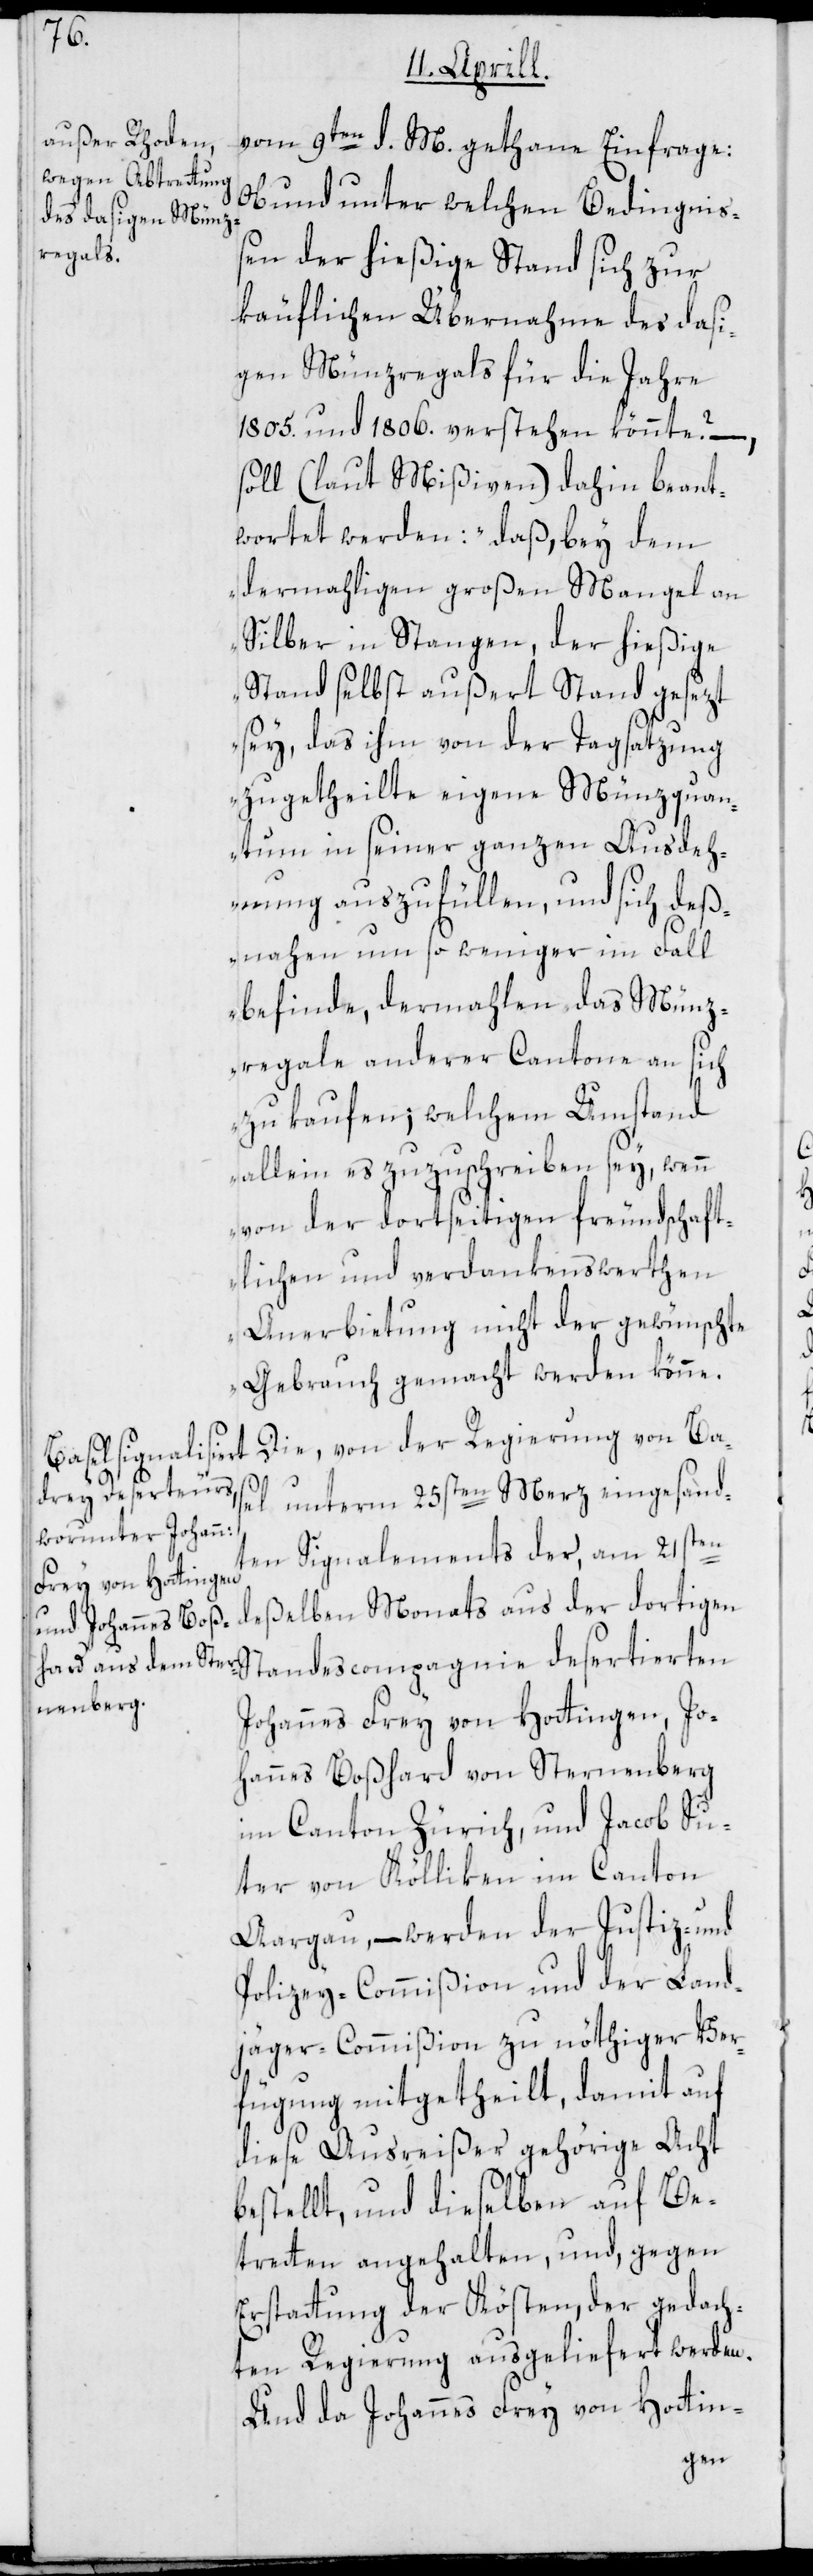
vom 9ten d. M. gethane Einfrage:
Ob und unter welchen Bedingnis¬
sen der hießige Stand sich zur
käuflichen Übernahme des dasi¬
gen Münzregals für die Jahre
1805. und 1806. verstehen könnte? –,
soll (laut Mißiven) dahin beant¬
wortet werden: „daß, bey dem
dermahligen großen Mangel an
Silber in Stangen, der hießige
Stand selbst außert Stand gesezt
sey, das ihm von der Tagsatzung
zugetheilte eigene Münzquan¬
tum in seiner ganzen Ausdeh¬
nung auszufüllen, und sich deß¬
nahen um so weniger im Fall
befinde, dermahlen das Münz¬
regale anderer Cantone an sich
zu kaufen; welchem Umstand
allein es zuzuschreiben sey, wenn
von der dortseitigen freundschaft¬
lichen und verdankenswerthen
Anerbietung nicht der gewünschte
Gebrauch gemacht werden könne“.
Die, von der Regierung von Ba¬
sel unterm 25sten Merz eingesand¬
ten Signalements der, am 21sten
deßelben Monats aus der dortigen
Standescompagnie desertierten
Johannes Frey von Hottingen, Jo¬
hannes Boßhard von Sternenberg
im Canton Zürich, und Jacob Su¬
ter von Kölliken im Canton
Aargau, – werden der Justiz- und
Polizey-Commißion und der Land¬
jäger-Commißion zu nöthiger Ver¬
fügung mitgetheilt, damit auf
diese Ausreißer gehörige Acht
bestellt, und dieselben auf Be¬
tretten angehalten, und, gegen
Erstattung der Kösten, der gedach¬
ten Regierung ausgeliefert werden.
Und da Johannes Frey von Hottin-